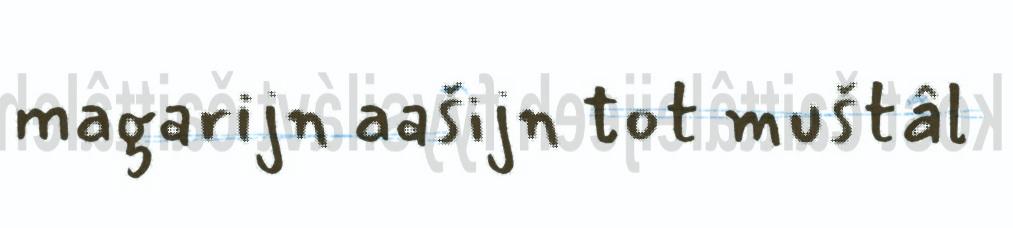
magarijn aašijn tot muštâl